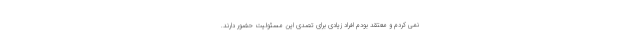
نمی کردم و معتقد بودم افراد زیادی برای تصدی این مسئولیت حضور دارند.